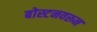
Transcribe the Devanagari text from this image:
बोस्टनवरून